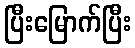
ပြီးမြောက်ပြီး